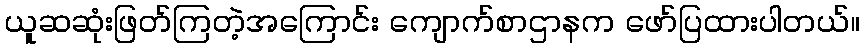
ယူဆဆုံးဖြတ်ကြတဲ့အကြောင်း ကျောက်စာဌာနက ဖော်ပြထားပါတယ်။